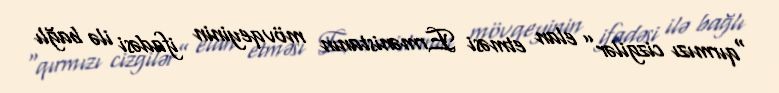
“qırmızı cizgilər” elan etməsi Ermənistanın mövqeyinin ifadəsi ilə bağlı